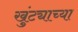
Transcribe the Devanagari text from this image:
खुंट्याच्या